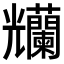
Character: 𠓚